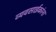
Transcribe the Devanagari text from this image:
व्यवसाईकांना